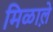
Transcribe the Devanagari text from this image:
मिळाले़